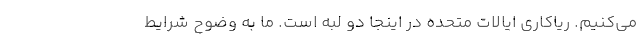
می‌کنیم. ریاکاری ایالات متحده در اینجا دو لبه است. ما به وضوح شرایط